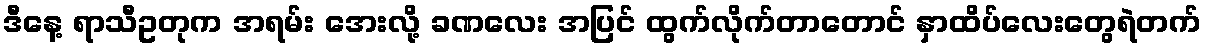
ဒီနေ့ ရာသီဥတုက အရမ်း အေးလို့ ခဏလေး အပြင် ထွက်လိုက်တာတောင် နှာထိပ်လေးတွေရဲတက်